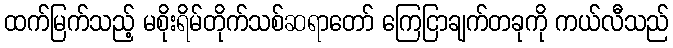
ထက်မြက်သည့် မစိုးရိမ်တိုက်သစ်ဆရာတော် ကြေငြာချက်တခုကို ကယ်လီသည်